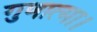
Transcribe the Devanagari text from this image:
गुणात्मा।